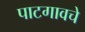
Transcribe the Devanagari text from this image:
पाटगावचे